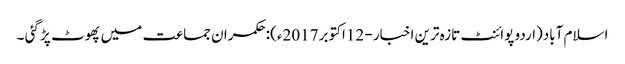
اسلام آباد(اردو پوائنٹ تازہ ترین اخبار - 12اکتوبر 2017ء):حکمران جماعت میں پھوٹ پڑ گئی ۔